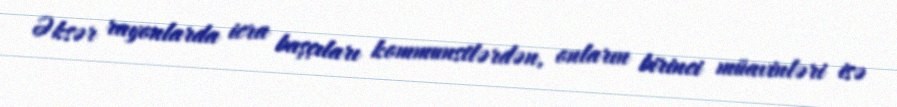
Əksər rayonlarda icra başçıları kommunstlərdən, onların birinci müavinləri isə